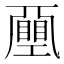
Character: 𢀯